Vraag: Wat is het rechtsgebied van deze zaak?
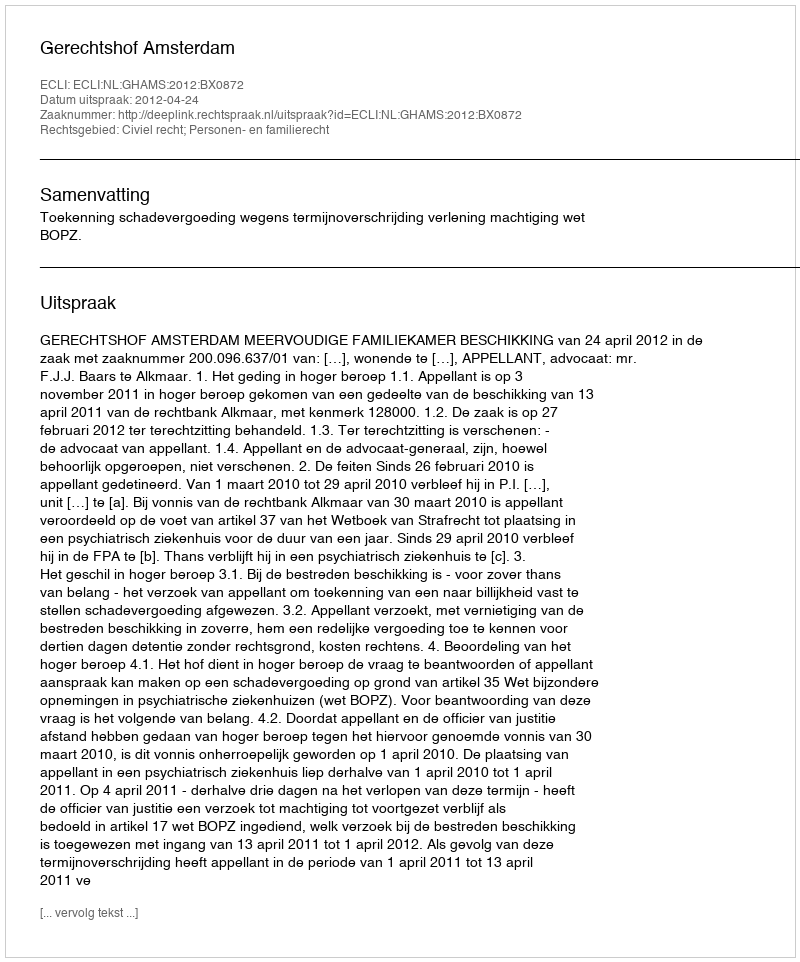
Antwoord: Civiel recht; Personen- en familierecht